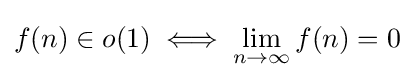
f(n)\in o(1)\iff \lim \limits _{n\to \infty }f(n)=0